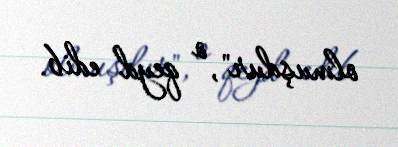
olmuşdur", o qeyd edib.